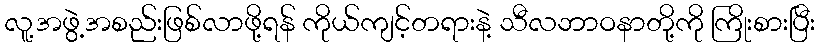
လူ့အဖွဲ့အစည်းဖြစ်လာဖို့ရန် ကိုယ်ကျင့်တရားနဲ့ သီလဘာဝနာတို့ကို ကြိုးစားပြီး